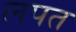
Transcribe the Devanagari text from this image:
लपत